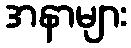
အနာများ